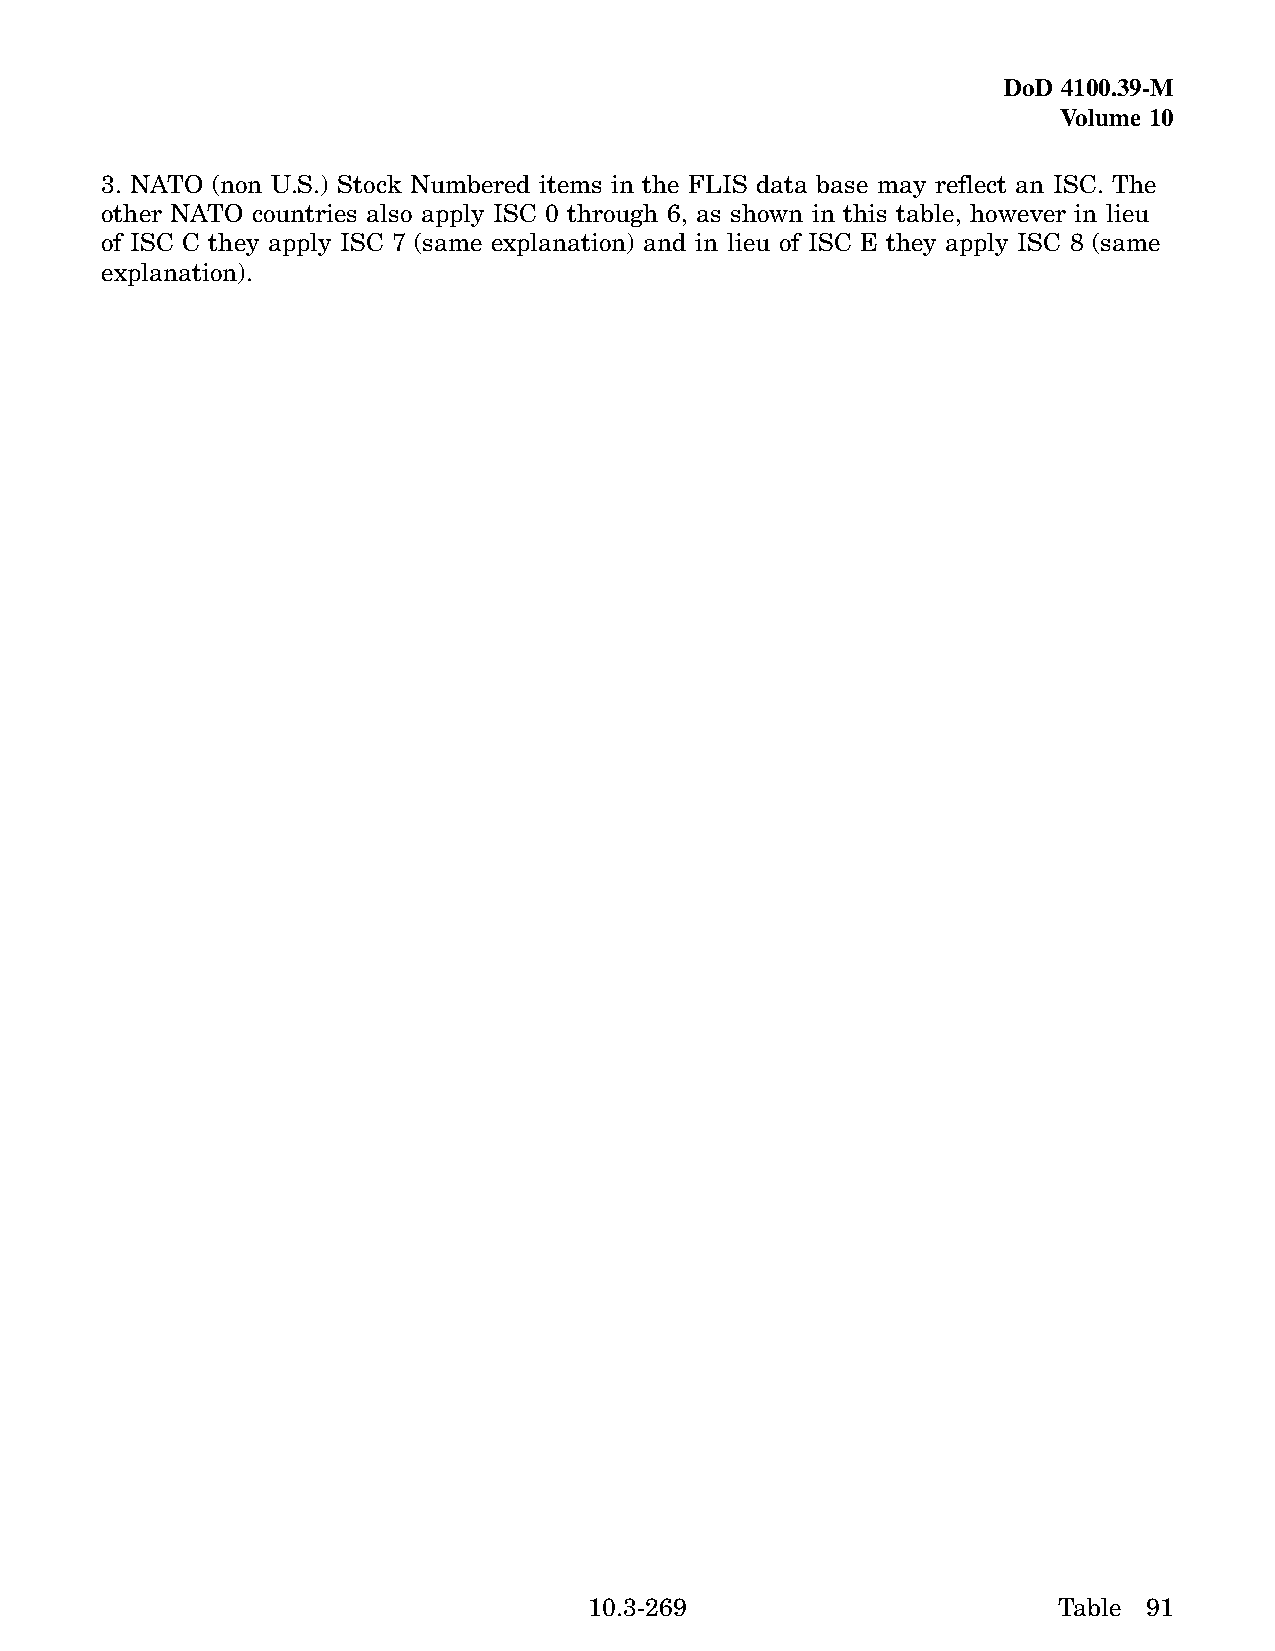
DoD 4100.39-M
 Volume 10
 3. NATO (non U.S.) Stock Numbered items in the FLIS data base may reflect an ISC. The
 other NATO countries also apply ISC 0 through 6, as shown in this table, however in lieu
 of ISC C they apply ISC 7 (same explanation) and in lieu of ISC E they apply ISC 8 (same
 explanation).
 10.3-269                       Table 91